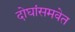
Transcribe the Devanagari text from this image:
दोघांसमवेत